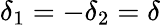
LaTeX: \delta_{1}=-\delta_{2}=\delta